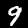
Digit: 9